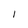
Character: I